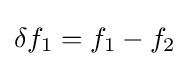
\delta f_{1}=f_{1}-f_{2}